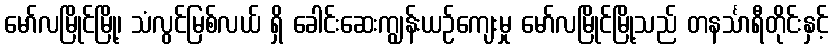
မော်လမြိုင်မြို့၊ သံလွင်မြစ်လယ် ရှိ ခေါင်းဆေးကျွန်းယဉ်ကျေးမှု မော်လမြိုင်မြို့သည် တနင်္သာရီတိုင်းနှင့်